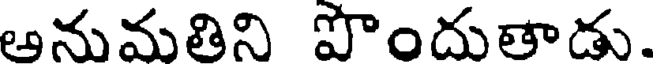
అనుమతిని పొందుతాడు.